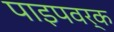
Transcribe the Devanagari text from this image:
पाइपवर्क